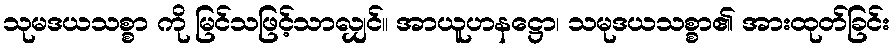
သုမဒယသစ္စာ ကို မြင်သဖြင့်သာလျှင်။ အာယူဟနဋ္ဌော၊ သမုဒယသစ္စာ၏ အားထုတ်ခြင်း